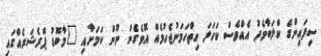
ސިފައިންގެ ކްލަބާމެދު އެއްވެސް ކަހަލަ ހިތްހަމަނުޖެހުމެއް އޮވެގެން ނޫން ކަމަށާއި "މާބޮޑު ޕްރެޝަރެއްގައި